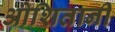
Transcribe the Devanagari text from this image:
ओशितानी